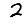
Digit: 2